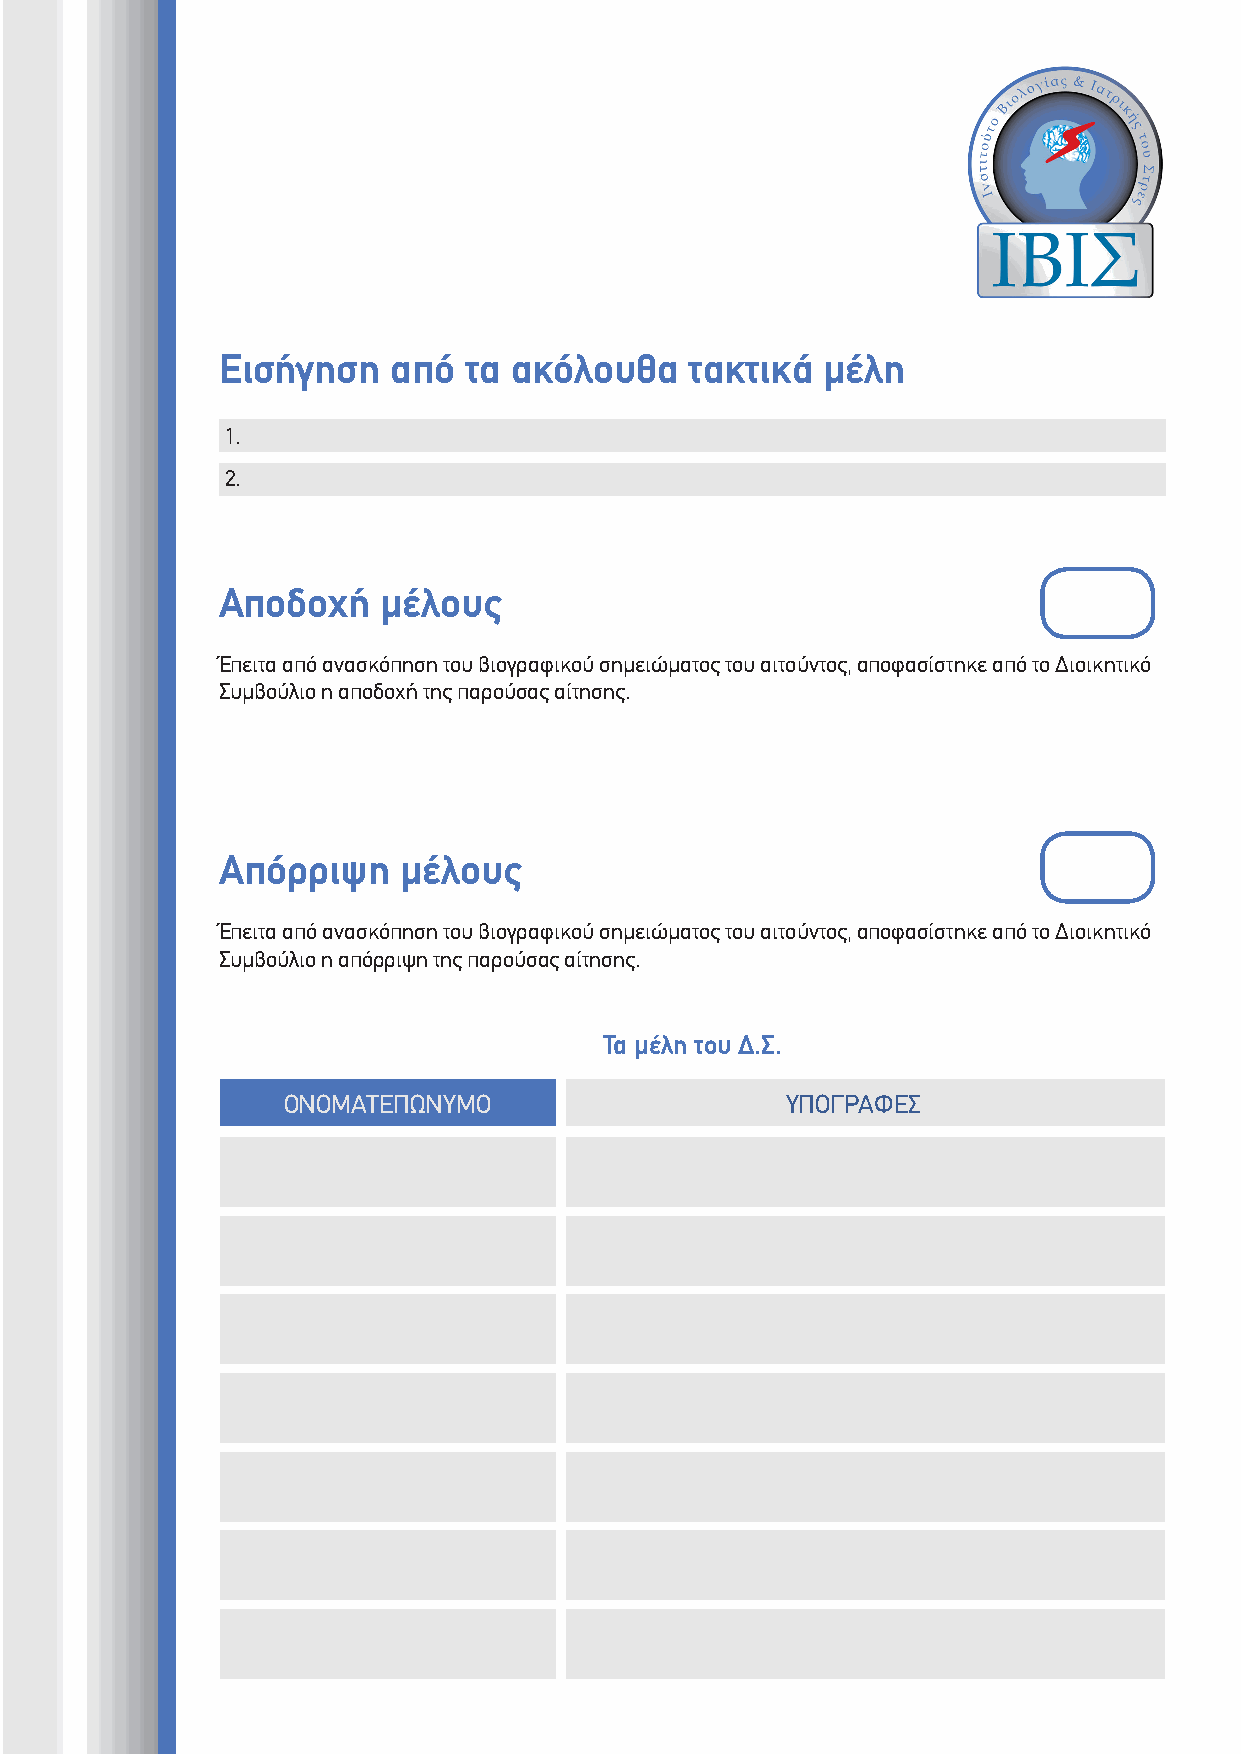
Εισήγηση    από  τα ακόλουθα    τακτικά μέλη
 1.
 2.
 Αποδοχή    μέλους
 Έπειτα από ανασκόπηση του βιογραφικού σημειώματος του αιτούντος, αποφασίστηκε από το Διοικητικό
 Συμβούλιο η αποδοχή της παρούσας αίτησης.
 Aπόρριψη    μέλους
 Έπειτα από ανασκόπηση του βιογραφικού σημειώματος του αιτούντος, αποφασίστηκε από το Διοικητικό
 Συμβούλιο η απόρριψη της παρούσας αίτησης.
 Τα μέλη του Δ.Σ.
 ΟΝΟΜΑΤΕΠΩΝΥΜΟ                    ΥΠΟΓΡΑΦΕΣ